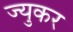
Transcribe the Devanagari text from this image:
ज्युकर